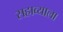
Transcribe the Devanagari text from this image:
सहाव्याला